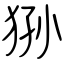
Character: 狲